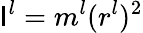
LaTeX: \mathsf{I}^{l}=m^{l}(r^{l})^{2}